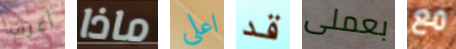
أعرف ماذا اعلي قد بعملى مع